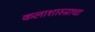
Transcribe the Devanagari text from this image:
कलाशास्त्राचा